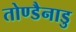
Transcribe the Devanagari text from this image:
तोण्डैनाडु